Manual of the Civil Veterinary Department, Central Provinces and Berar
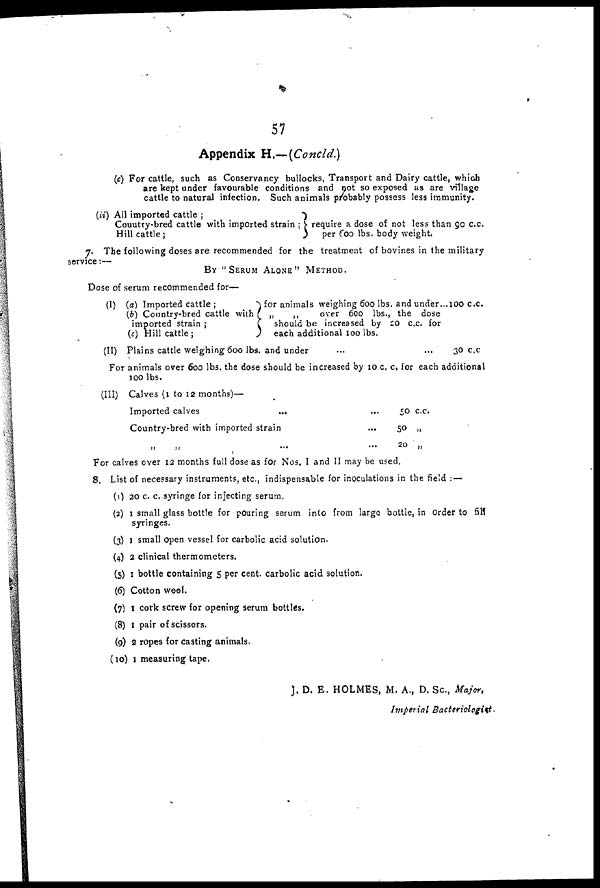
57
Appendix H.—(Concld.)
(c) For cattle, such as Conservancy bullocks, Transport and Dairy cattle, which
are kept under favourable conditions and not so exposed as are village
cattle to natural infection. Such animals probably possess less immunity.
(ii) All imported cattle ;
Country-bred cattle with imported strain ;
Hill cattle;
require a dose of not less than 90 c.c.
per 600 lbs. body weight.
7. The following doses are recommended for the treatment of bovines in the military
service:—
BY "SERUM ALONE" METHOD.
Dose of serum recommended for—
(I) (a) Imported cattle ;
(b) Country-bred cattle with
imported strain ;
(c) Hill cattle;
for animals weighing 600 lbs. and under...100 c.c.
„
„
over 600 lbs., the dose
should be increased by 20 c.c. for
each additional 100 lbs.
(II) Plains cattle weighing 600 lbs. and under ... ...
30 c.c
For animals over 600 lbs. the dose should be increased by 10 c. c, for each additional
100 lbs.
(III) Calves (1 to 12 months)—
Imported calves
...
Country-bred with imported strain
„ „ ...
... 50 c.c.
... 50 „
... 20 „
For calves over 12 months full dose as for Nos. I and II may be used.
8. List of necessary instruments, etc., indispensable for inoculations in the field :—
(1) 20 c c. syringe for injecting serum.
(2) 1 small glass bottle for pouring serum into from large bottle, in Order to fill
syringes.
(3) 1 small open vessel for carbolic acid solution.
(4) 2 clinical thermometers.
(5) 1 bottle containing 5 per cent, carbolic acid solution.
(6) Cotton wool.
(7) 1 cork screw for opening serum bottles.
(8) 1 pair of scissors.
(9) 2 ropes for casting animals.
(10) 1 measuring tape.
J. D. E. HOLMES, M. A., D. Sc., Majer,
Imperial Bacteriologist.